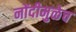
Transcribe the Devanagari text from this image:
नोंदीमुळेच